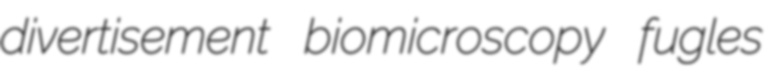
divertisement biomicroscopy fugles